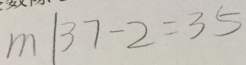
m \vert 3 7 - 2 = 3 5